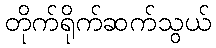
တိုက်ရိုက်ဆက်သွယ်